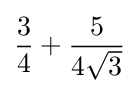
{\frac {3}{4}}+{\frac {5}{4{\sqrt {3}}}}